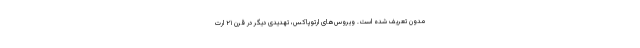
مدون تعریف شده است. ویروس‌های ارتوپاکس، تهدیدی دیگر در قرن ۲۱ ارت